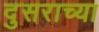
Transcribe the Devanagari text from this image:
दुसराच्या